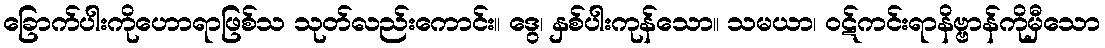
ခြောက်ပါးကိုဟောရာဖြစ်သ သုတ်လည်းကောင်း။ ဒွေ၊ နှစ်ပါးကုန်သော။ သမယာ၊ ဝဋ်ကင်းရာနိဗ္ဗာန်ကိုမှီသော